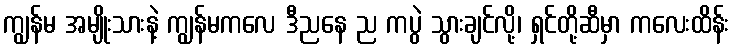
ကျွန်မ အမျိုးသားနဲ့ ကျွန်မကလေ ဒီညနေ ည ကပွဲ သွားချင်လို့၊ ရှင်တို့ဆီမှာ ကလေးထိန်း